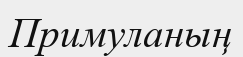
Примуланың